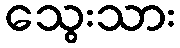
သွေးသား